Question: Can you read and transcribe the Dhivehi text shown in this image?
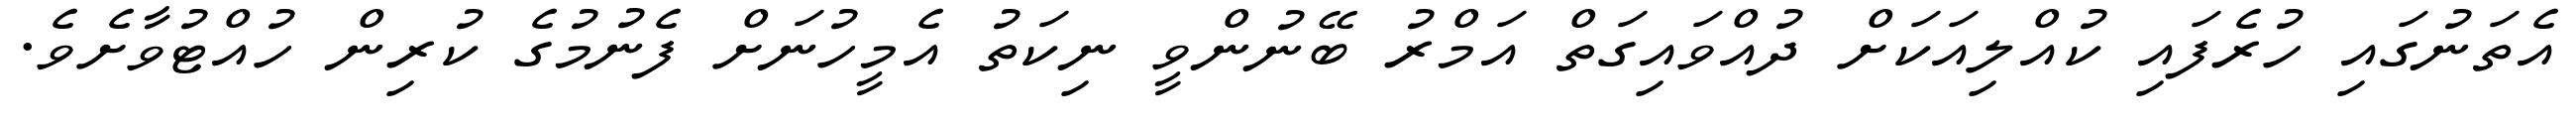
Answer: އެތަނުގައި ހުރެފައި ކުއްލިއަކަށް ދުއްވައިގަތް އަމްރު ބޭނުންވީ ނިކަތު އެމީހުނަށް ފެނުމުގެ ކުރިން ހުއްޓުވާށެވެ.